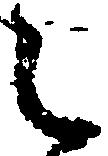
之